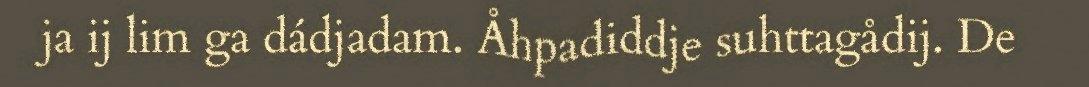
ja ij lim ga dádjadam. Åhpadiddje suhttagådij. De